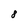
Character: 8